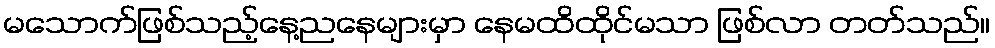
မသောက်ဖြစ်သည့်နေ့ညနေများမှာ နေမထိထိုင်မသာ ဖြစ်လာ တတ်သည်။